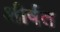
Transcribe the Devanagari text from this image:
शीर्षत